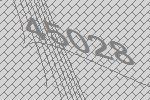
45028